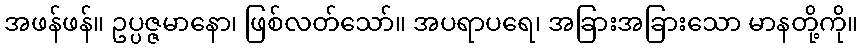
အဖန်ဖန်။ ဥပ္ပဇ္ဇမာနော၊ ဖြစ်လတ်သော်။ အပရာပရေ၊ အခြားအခြားသော မာနတို့ကို။